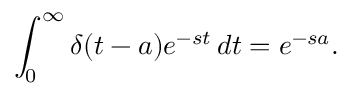
\int _ { 0 } ^ { \infty } \delta ( t - a ) e ^ { - s t } \, d t = e ^ { - s a } .